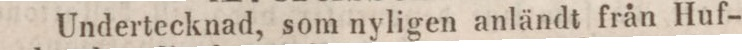
Undertecknad, som nyligen anländt från Huf-